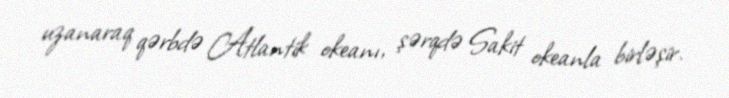
uzanaraq qərbdə Atlantik okeanı, şərqdə Sakit okeanla birləşir.